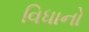
વિધાનો